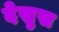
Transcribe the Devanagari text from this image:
देस्रुस